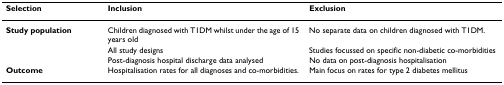
<table><thead><tr><td><b>Selection</b></td><td><b>Inclusion</b></td><td><b>Exclusion</b></td></tr></thead><tbody><tr><td><b>Study population</b></td><td>Children diagnosed with T1DM whilst under the age of 15 years old</td><td>No separate data on children diagnosed with T1DM.</td></tr><tr><td>[EMPTY_CELL]</td><td>All study designs</td><td>Studies focussed on specific non-diabetic co-morbidities</td></tr><tr><td>[EMPTY_CELL]</td><td>Post-diagnosis hospital discharge data analysed</td><td>No data on post-diagnosis hospitalisation</td></tr><tr><td><b>Outcome</b></td><td>Hospitalisation rates for all diagnoses and co-morbidities.</td><td>Main focus on rates for type 2 diabetes mellitus</td></tr></tbody></table>